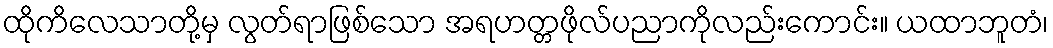
ထိုကိလေသာတို့မှ လွတ်ရာဖြစ်သော အရဟတ္တဖိုလ်ပညာကိုလည်းကောင်း။ ယထာဘူတံ၊